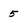
Character: 5